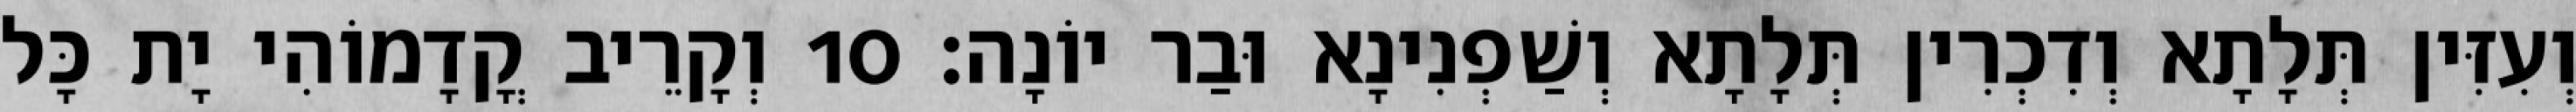
וְעִזִּין תְּלָתָא וְדִכְרִין תְּלָתָא וְשַׁפְנִינָא וּבַר יוֹנָה׃ 10 וְקָרֵיב קֳדָמוֹהִי יָת כָּל